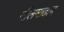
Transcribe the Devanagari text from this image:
नीलमाढाब